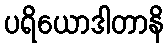
ပရိယောဒါတာနိ